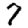
Digit: 7